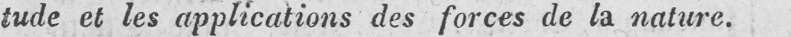
tude et les applications des forces de la nature.